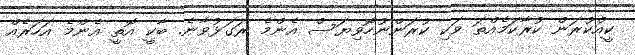
ކީއްކުރަން ކުރާކަމެއްތަ ވަކި ކުރަންނުހޮވިޔަސް އެންމެ ރަގަޅުވާނެ. ބާކީ އޮތީ އެންމެ އަހަރެއް